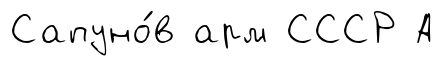
Сапуно́в арм СССР А